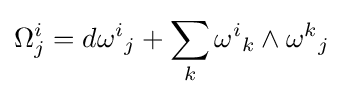
\Omega _{j}^{i}=d{\omega ^{i}}_{j}+\sum _{k}{\omega ^{i}}_{k}\wedge {\omega ^{k}}_{j}